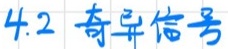
4.2 奇异信号